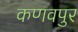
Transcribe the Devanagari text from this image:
कणवपुर